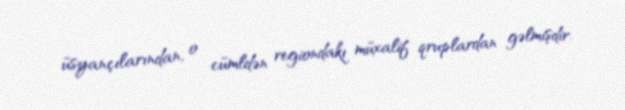
üsyançılarından, o cümldən regiondakı müxalif qruplardan gəlmişdir.